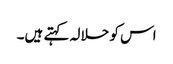
اس کو حلالہ کہتے ہیں۔